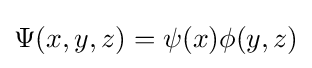
\Psi (x,y,z)=\psi (x)\phi (y,z)\,\!